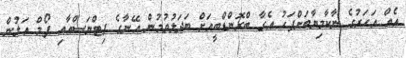
އެއް އަހަރުގެ ނާކާމިޔާބަށްފަހު އެގާ ބްރޮންޑްބީއަށް ބަދަލުވުމުން އޭނާގެ ފިޓްނަސްއާއި ފޯމް އަލުން